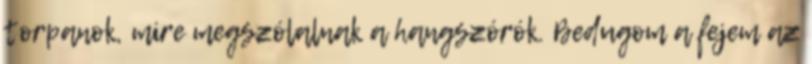
torpanok, mire megszólalnak a hangszórók. Bedugom a fejem az